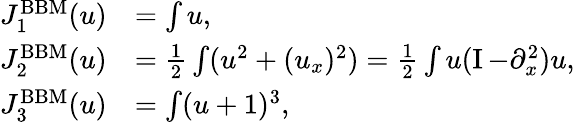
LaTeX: \begin{array}{rl}{J_{1}^{\mathrm{BBM}}(u)}&{=\int u,}\\ {J_{2}^{\mathrm{BBM}}(u)}&{=\frac{1}{2}\int(u^{2}+(u_{x})^{2})=\frac{1}{2}\int u(\operatorname{I}-\partial_{x}^{2})u,}\\ {J_{3}^{\mathrm{BBM}}(u)}&{=\int(u+1)^{3},}\end{array}